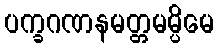
ပက္ခဂဏနမတ္တမမ္ပိမေ